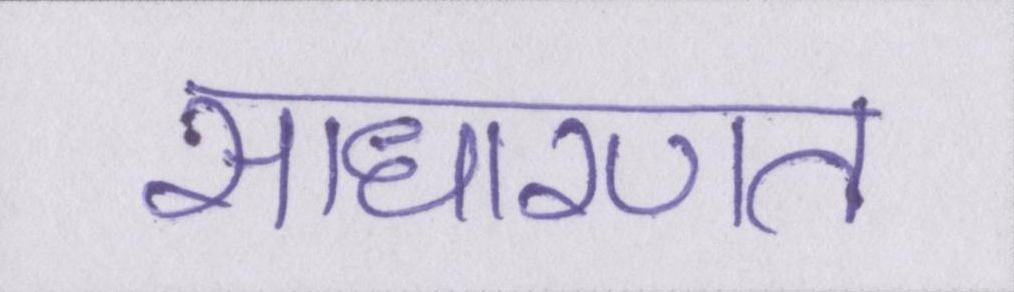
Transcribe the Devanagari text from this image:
साधारणत